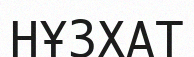
НҰЗХАТ